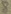
Text: 8